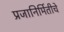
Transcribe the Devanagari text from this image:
प्रजानिर्मितीचे